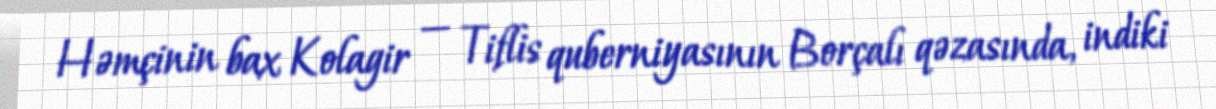
Həmçinin bax Kolagir — Tiflis quberniyasının Borçalı qəzasında, indiki